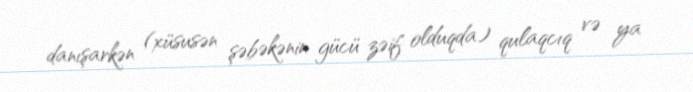
danışarkən (xüsusən şəbəkənin gücü zəif olduqda) qulaqcıq və ya